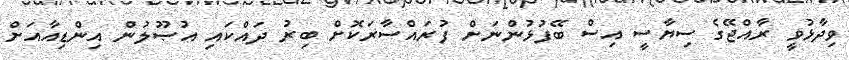
ވިދާޅުވީ ރާއްޖޭގެ ސިޔާސީ އިސް ބޭފުޅުންނަށް ފުރައްސާރަކޮށް ބިރު ދައްކައި އުޞޫލުން އިންޑިއާއަށް